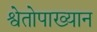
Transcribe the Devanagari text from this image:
श्वेतोपाख्यान